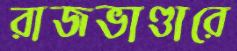
রাজভাণ্ডারে